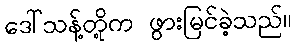
ဒေါ်သန့်တို့က ဖွားမြင်ခဲ့သည်။